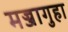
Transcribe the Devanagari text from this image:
मज्जागुहा